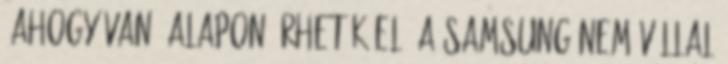
"AHOGY VAN" ALAPON ÉRHETŐK EL. A SAMSUNG NEM VÁLLAL